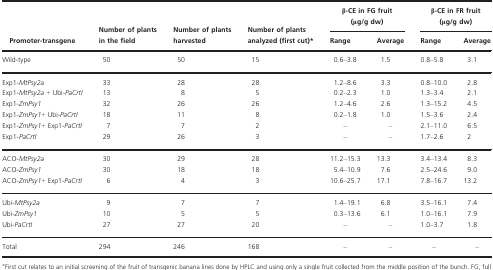
| <ROWSPAN=2> Promoter‐transgene | <ROWSPAN=2> Number of plants in the field | <ROWSPAN=2> Number of plants harvested | <ROWSPAN=2> Number of plants analyzed (first cut)a | <COLSPAN=2> β‐CE in FG fruit (μg/g dw) | <COLSPAN=2> β‐CE in FR fruit (μg/g dw) |
 | Range | Average | Range | Average |
 | --- | --- | --- | --- | --- | --- | --- | --- |
 | Wild‐type | 50 | 50 | 15 | 0.6–3.8 | 1.5 | 0.8–5.8 | 3.1 |
 | Exp1‐MtPsy2a | 33 | 28 | 28 | 1.2–8.6 | 3.3 | 0.8–10.0 | 2.8 |
 | Exp1‐MtPsy2a + Ubi‐PaCrtI | 13 | 8 | 5 | 0.2–2.3 | 1.0 | 1.3–3.4 | 2.1 |
 | Exp1‐ZmPsy1 | 32 | 26 | 26 | 1.2–4.6 | 2.6 | 1.3–15.2 | 4.5 |
 | Exp1‐ZmPsy1+ Ubi‐PaCrtI | 18 | 11 | 8 | 0.2–1.8 | 1.0 | 1.5–3.6 | 2.4 |
 | Exp1‐ZmPsy1+ Exp1‐PaCrtI | 7 | 7 | 2 | – | – | 2.1–11.0 | 6.5 |
 | Exp1‐PaCrtI | 29 | 26 | 3 | – | – | 1.7–2.6 | 2 |
 | ACO‐MtPsy2a | 30 | 29 | 28 | 11.2–15.3 | 13.3 | 3.4–13.4 | 8.3 |
 | ACO‐ZmPsy1 | 30 | 18 | 18 | 5.4–10.9 | 7.6 | 2.5–24.6 | 9.0 |
 | ACO‐ZmPsy1+ Exp1‐PaCrtI | 6 | 4 | 3 | 10.6–25.7 | 17.1 | 7.8–16.7 | 13.2 |
 | Ubi‐MtPsy2a | 9 | 7 | 7 | 1.4–19.1 | 6.8 | 3.5–16.1 | 7.4 |
 | Ubi‐ZmPsy1 | 10 | 5 | 5 | 0.3–13.6 | 6.1 | 1.0–16.1 | 7.9 |
 | Ubi‐PaCrtI | 27 | 27 | 20 | – | – | 1.0–3.7 | 1.8 |
 | Total | 294 | 246 | 168 | – | – | – | – |